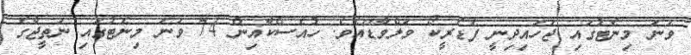
ވަނަ މިނެޓުގައި ޖަހައިދިނީ ފެޑެރީކޯ ވަލްވާޑޭއެވެ. ހުއެސްކާއިން 74 ވަނަ މިނެޓުގައި ނަތީޖާގެ